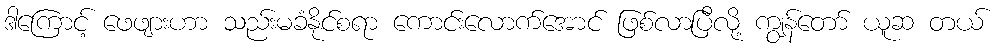
ဒါကြောင့် ဖေဖျားဟာ သည်းမခံနိုင်စရာ ကောင်းလောက်အောင် ဖြစ်လာပြီလို့ ကျွန်တော် ယူဆ တယ်